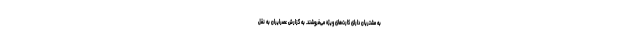
به مشتریان دارای کارت‌های ویژه می‌فروشند. به گزارش عصرایران به نقل